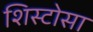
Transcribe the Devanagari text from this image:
शिस्टोसा